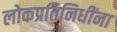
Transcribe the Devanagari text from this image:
लोकप्रतिनिधींना